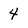
Character: 4